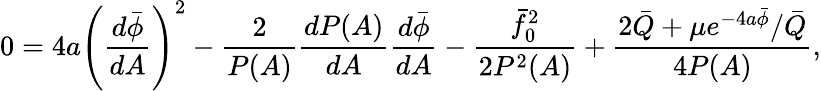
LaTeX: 0=4a\left(\frac{d\bar{\phi}}{dA}\right)^{2}-\frac{2}{P(A)}\frac{dP(A)}{dA}\frac{d\bar{\phi}}{dA}-\frac{\bar{f}_{0}^{2}}{2P^{2}(A)}+\frac{2\bar{Q}+\mu e^{-4a\bar{\phi}}/\bar{Q}}{4P(A)},